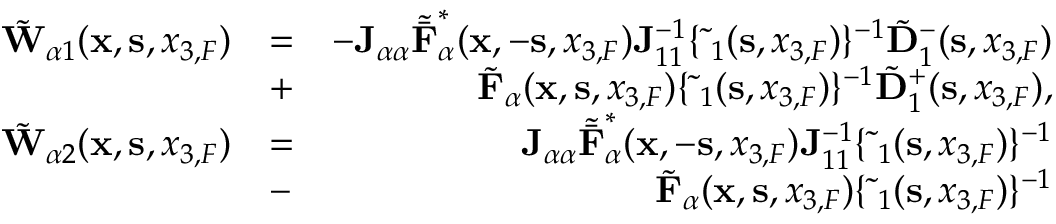
\begin{array} { r l r } { \tilde { \bf W } _ { \alpha 1 } ( { { \bf x } } , { { \bf s } } , { x _ { 3 , F } } ) } & { = } & { - { \bf J } _ { \alpha \alpha } { \tilde { \bar { \bf F } } } _ { \alpha } ^ { * } ( { { \bf x } } , - { { \bf s } } , { x _ { 3 , F } } ) { \bf J } _ { 1 1 } ^ { - 1 } \{ \tilde { \bf \Delta } _ { 1 } ( { \bf s } , x _ { 3 , F } ) \} ^ { - 1 } \tilde { \bf D } _ { 1 } ^ { - } ( { \bf s } , x _ { 3 , F } ) } \\ & { + } & { \tilde { \bf F } _ { \alpha } ( { { \bf x } } , { { \bf s } } , { x _ { 3 , F } } ) \{ \tilde { \bf \Delta } _ { 1 } ( { \bf s } , x _ { 3 , F } ) \} ^ { - 1 } \tilde { \bf D } _ { 1 } ^ { + } ( { \bf s } , x _ { 3 , F } ) , } \\ { \tilde { \bf W } _ { \alpha 2 } ( { { \bf x } } , { { \bf s } } , { x _ { 3 , F } } ) } & { = } & { { \bf J } _ { \alpha \alpha } { \tilde { \bar { \bf F } } } _ { \alpha } ^ { * } ( { { \bf x } } , - { { \bf s } } , { x _ { 3 , F } } ) { \bf J } _ { 1 1 } ^ { - 1 } \{ \tilde { \bf \Delta } _ { 1 } ( { \bf s } , x _ { 3 , F } ) \} ^ { - 1 } } \\ & { - } & { \tilde { \bf F } _ { \alpha } ( { { \bf x } } , { { \bf s } } , { x _ { 3 , F } } ) \{ \tilde { \bf \Delta } _ { 1 } ( { \bf s } , x _ { 3 , F } ) \} ^ { - 1 } } \end{array}